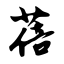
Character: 蓓